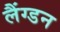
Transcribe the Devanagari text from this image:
लैंग्डन